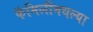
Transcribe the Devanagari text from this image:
फॅमिलीमधल्या